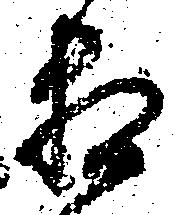
相